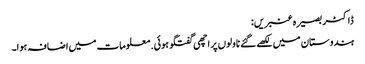
ڈاکٹر بصیرہ عنبریں:
ہندوستان میں لکھے گئے ناولوں پر اچھی گفتگو ہوئی. معلومات میں اضافہ ہوا۔